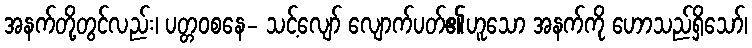
အနက်တို့တွင်လည်း၊ ပတ္တဝစနေ- သင့်လျော် လျောက်ပတ်၏ဟူသော အနက်ကို ဟောသည်ရှိသော်၊